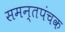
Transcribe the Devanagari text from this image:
समन्तपंचक